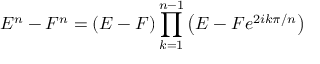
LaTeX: E ^ { n } - F ^ { n } = ( E - F ) \prod _ { k = 1 } ^ { n - 1 } \left( E - F e ^ { 2 i k \pi / n } \right)